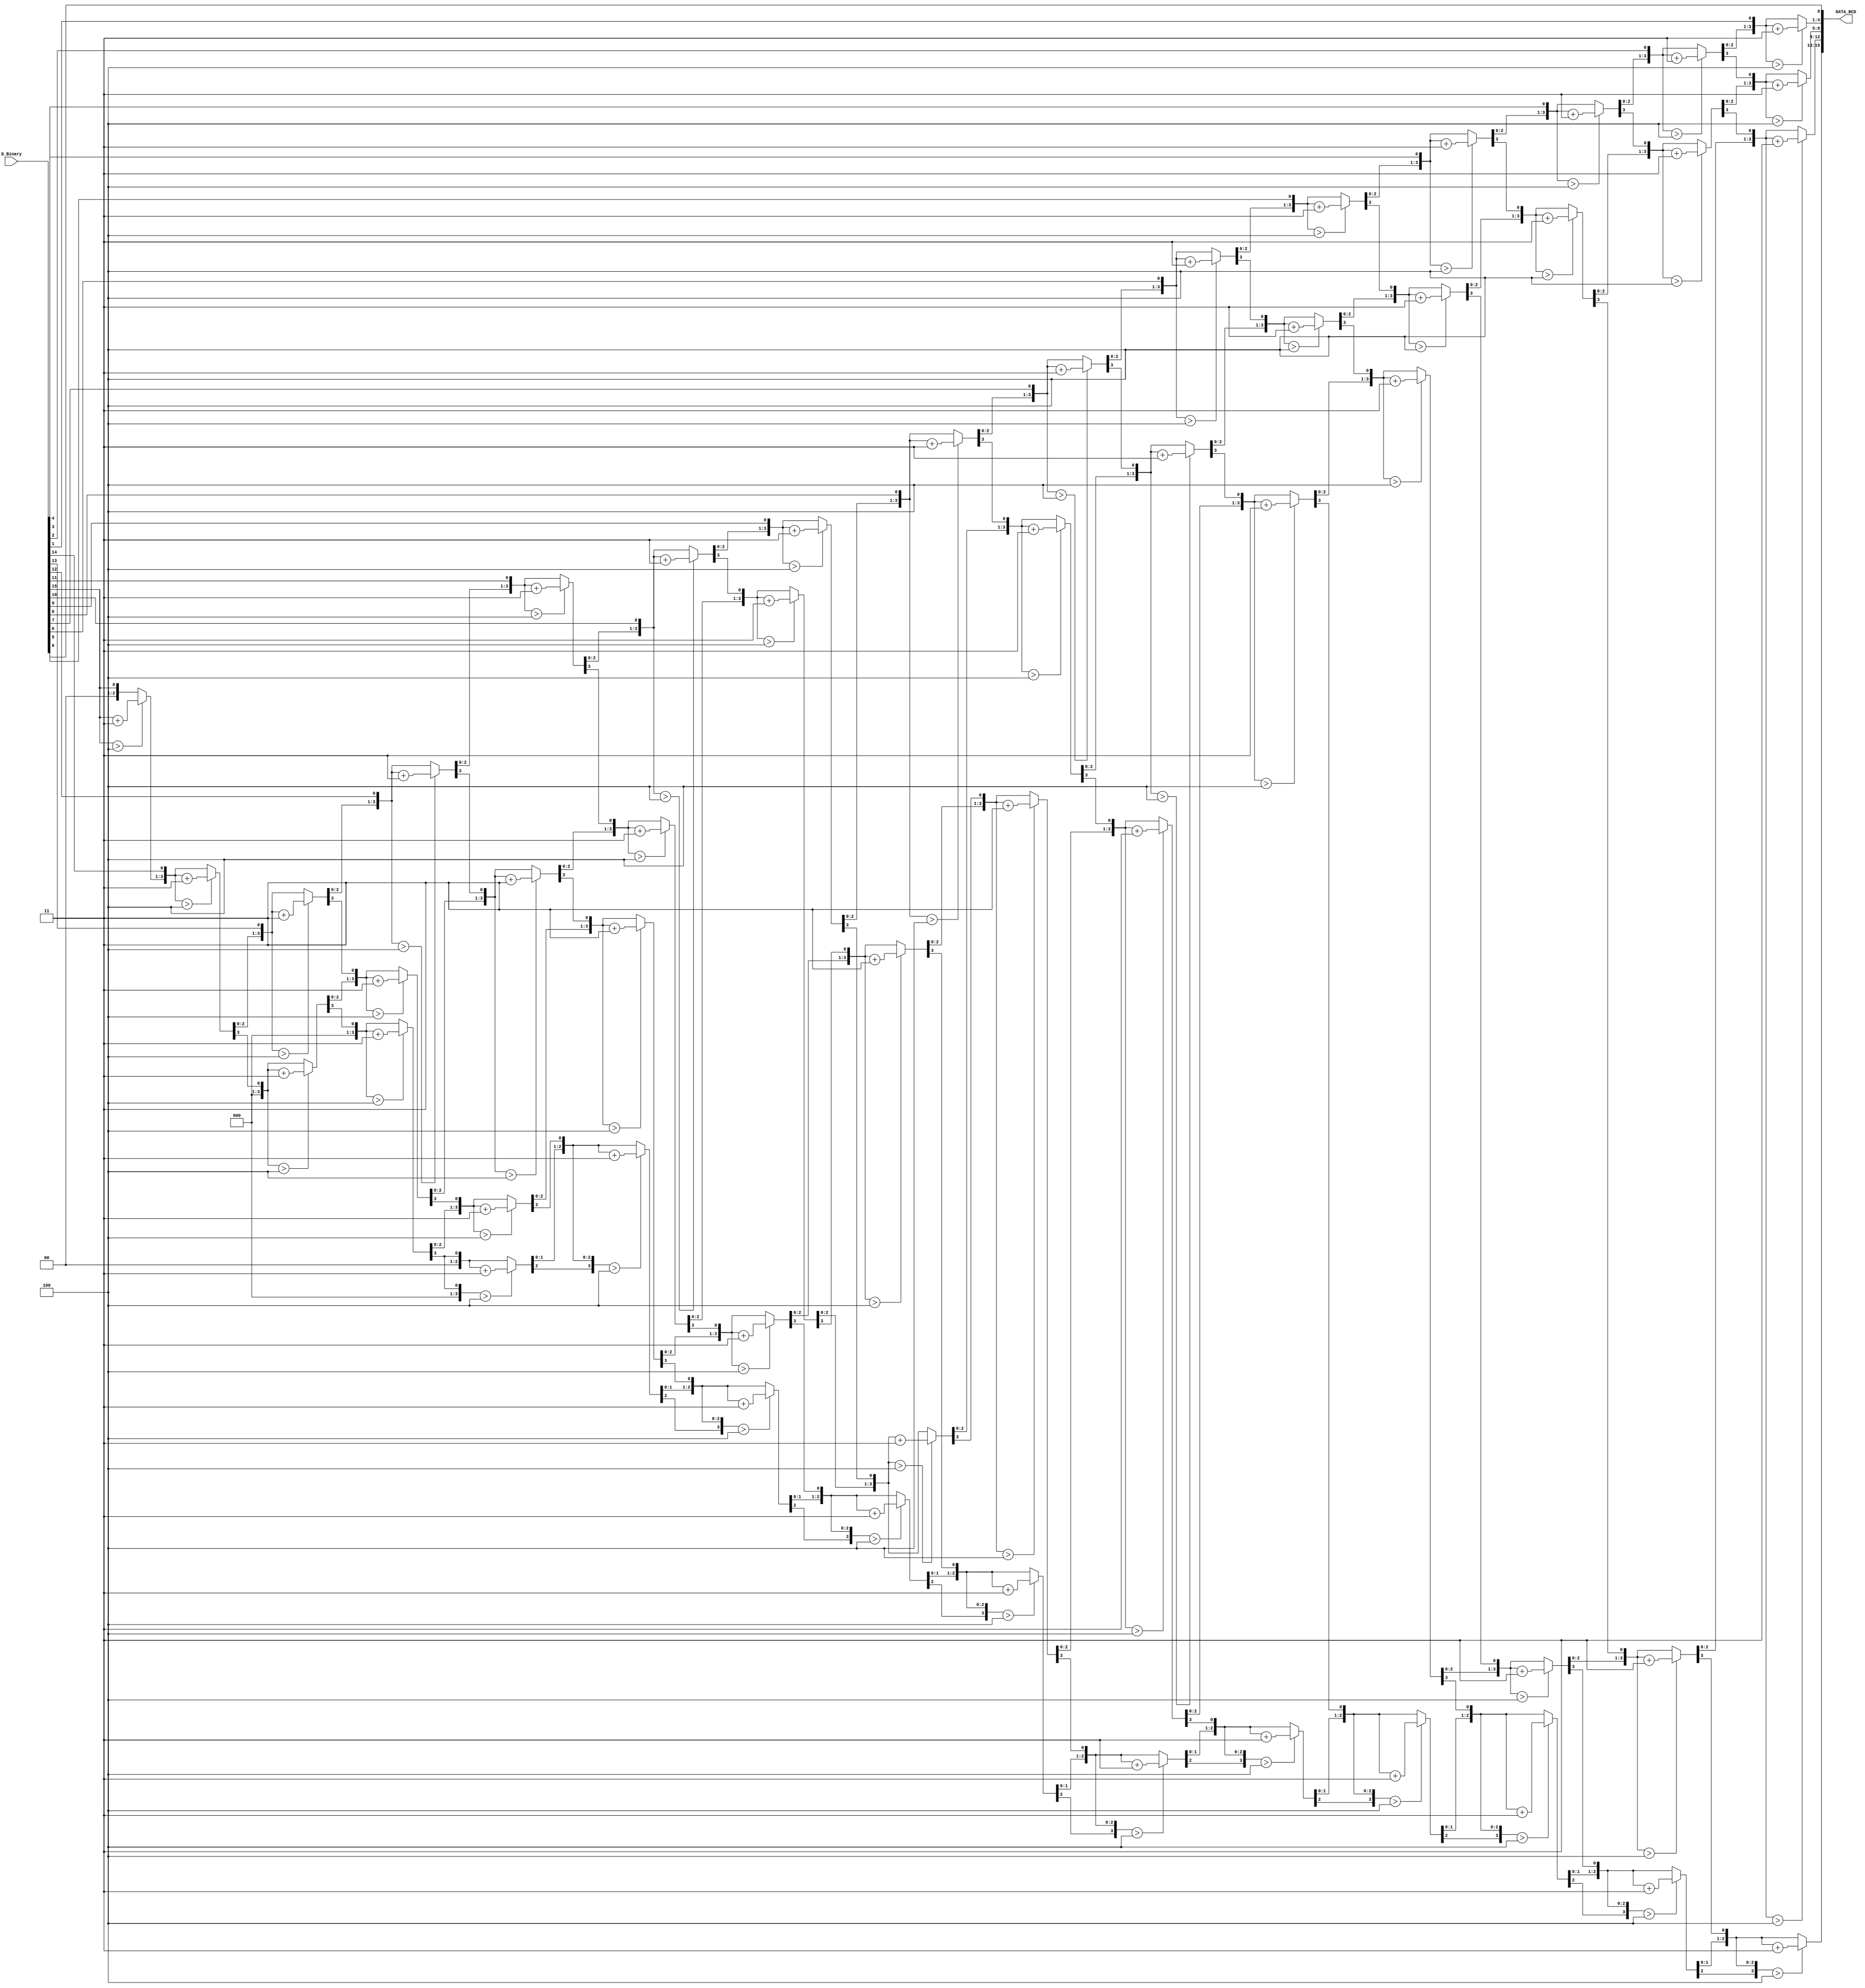
module binario_BCD (D_Binary, DATA_BCD);

	input [15:0] D_Binary; //dado escolhido do registrador
	output reg [15:0] DATA_BCD;// sada para os displays (unidade, dezena, centena...)
	
	integer cont;
	reg [31:0] aux;
	
	// Shift and add-3 Algorithm
	
	always @(D_Binary) begin
		
		aux={16'h0000, D_Binary};
		
		for(cont=0; cont < 15; cont=cont + 1) begin
			aux = aux << 1;
			if(aux[19:16] > 4) aux[19:16] = aux[19:16] + 4'b0011;
			if(aux[23:20] > 4) aux[23:20] = aux[23:20] + 4'b0011;
			if(aux[27:24] > 4) aux[27:24] = aux[27:24] + 4'b0011;
			if(aux[31:28] > 4) aux[31:28] = aux[31:28] + 4'b0011;
			
		end
		aux = aux << 1;
		DATA_BCD = aux[31:16];
	end
		
endmodule